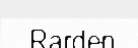
Rarden